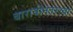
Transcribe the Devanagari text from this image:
बारावीनंतरच्या